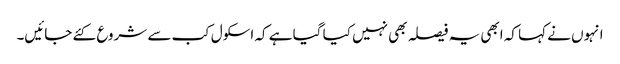
انہوں نے کہا کہ ابھی یہ فیصلہ بھی نہیں کیا گیا ہے کہ اسکول کب سے شروع کئے جائیں۔